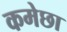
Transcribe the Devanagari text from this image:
कमेछा